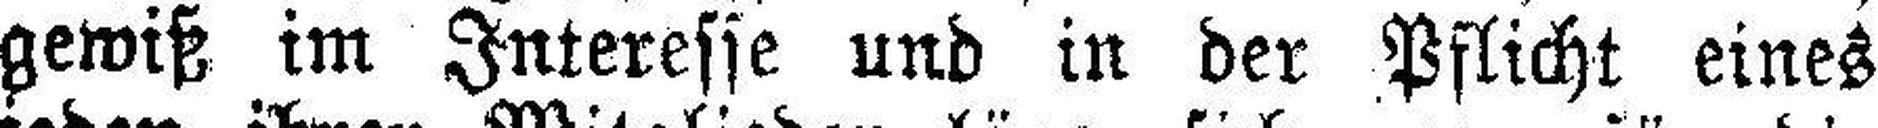
gewiß im Interesse und in der Pflicht eines